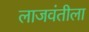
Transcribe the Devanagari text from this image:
लाजवंतीला